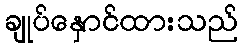
ချုပ်နှောင်ထားသည်